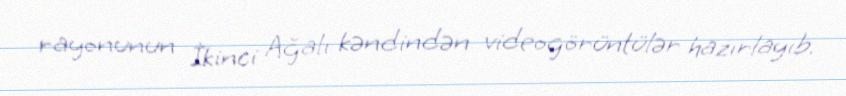
rayonunun İkinci Ağalı kəndindən videogörüntülər hazırlayıb.